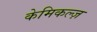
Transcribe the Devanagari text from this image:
केमिकल्ज़